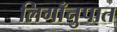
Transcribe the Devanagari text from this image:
लिगाँनुपात